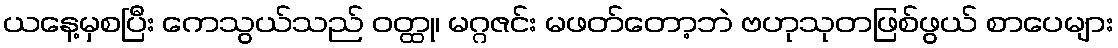
ယနေ့မှစပြီး ကေသွယ်သည် ဝတ္ထု၊ မဂ္ဂဇင်း မဖတ်တော့ဘဲ ဗဟုသုတဖြစ်ဖွယ် စာပေများ